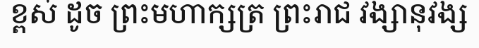
ខ្ពស់ ដូច ព្រះមហាក្សត្រ ព្រះរាជ វង្សានុវង្ស